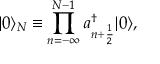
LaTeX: | 0 \rangle _ { N } \equiv \prod _ { n = - \infty } ^ { N - 1 } a _ { n + { \frac { 1 } { 2 } } } ^ { \dagger } | 0 \rangle ,